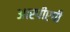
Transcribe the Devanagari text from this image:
आरपीएपी